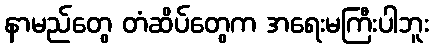
နာမည်တွေ တံဆိပ်တွေက အရေးမကြီးပါဘူး